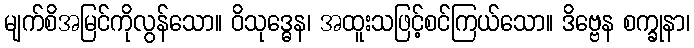
မျက်စိအမြင်ကိုလွန်သော။ ဝိသုဒ္ဓေန၊ အထူးသဖြင့်စင်ကြယ်သော။ ဒိဗ္ဗေန စက္ခုနာ၊